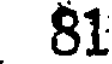
81